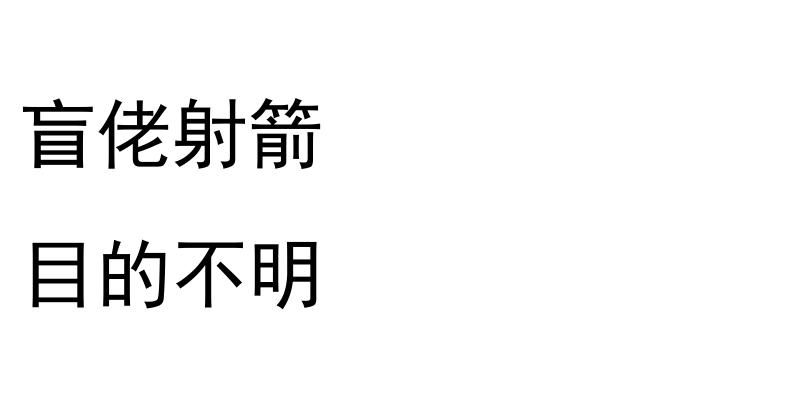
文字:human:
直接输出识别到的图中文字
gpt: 盲佬射箭 目的不明